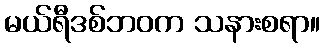
မယ်ရီဒစ်ဘဝက သနားစရာ။